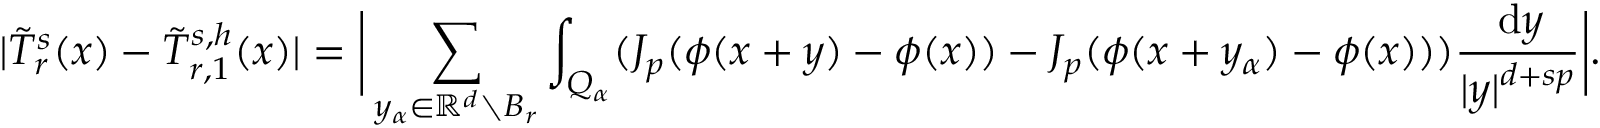
| \tilde { T } _ { r } ^ { s } ( x ) - \tilde { T } _ { r , 1 } ^ { s , h } ( x ) | = \bigg | \sum _ { y _ { \alpha } \in \ensuremath { \mathbb { R } } ^ { d } \setminus B _ { r } } \int _ { Q _ { \alpha } } ( J _ { p } ( \phi ( x + y ) - \phi ( x ) ) - J _ { p } ( \phi ( x + y _ { \alpha } ) - \phi ( x ) ) ) \frac { \, \mathrm { d } y } { | y | ^ { d + s p } } \bigg | .